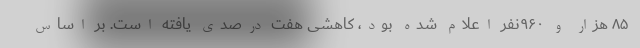
۸۵ هزار و ۹۶۰نفر اعلام شده بود، کاهشی هفت درصدی یافته است. بر اساس